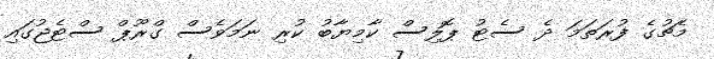
މެޗުގެ ފުރަތަމަ ދެ ސެޓު ޕޮލިސް ކާމިޔާބު ކުރި ނަމަވެސް ގްރޫޕް ސްޓެޖުގައި